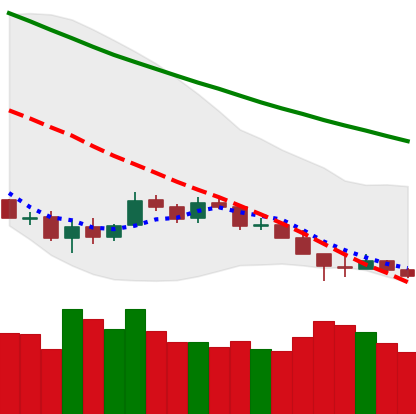
Ticker: LTC-USD
Chart end date: 2018-12-11
Forward return: 7.541%
Label: up_7plus